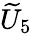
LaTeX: {\widetilde{U}}_{5}